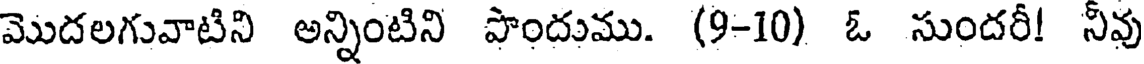
మొదలగువాటిని అన్నింటిని పొందుము. (9-10) ఓ సుందరీ! నీవు